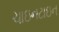
ચાઇનટાઇન